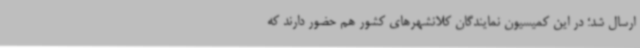
ارسال شد؛ در این کمیسیون نمایندگان کلانشهرهای کشور هم حضور دارند که